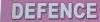
defence